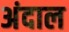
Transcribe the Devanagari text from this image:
अंदाल